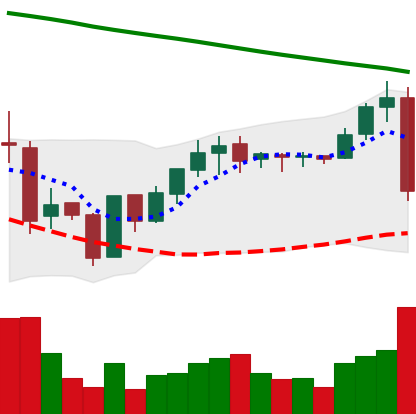
Ticker: BNB-USD
Chart end date: 2019-01-28
Forward return: 11.046%
Label: up_7plus